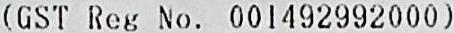
(GST REG NO. 001492992000)